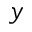
y